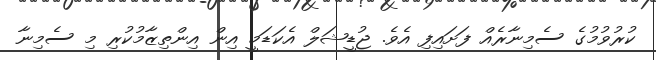
ކުރުވުމުގެ ސެމިނާރެއް ފަށައިފި އެވެ. ޖުޑީޝަލް އެކަޑަމީ އިން އިންތިޒާމުކުރި މި ސެމިނާ